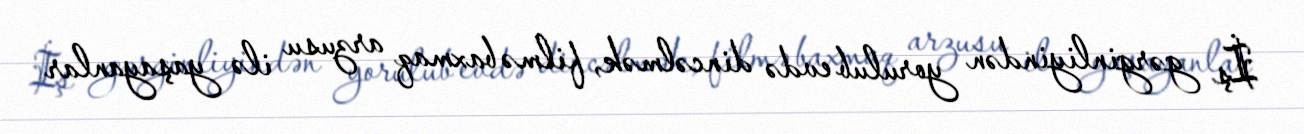
İş gərginliyindən yorulub evdə dincəlmək, filmə baxmaq arzusu ilə yaşayanlar